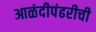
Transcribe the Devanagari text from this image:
आळंदीपंढरीची